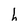
Character: h